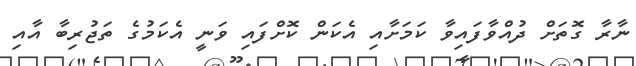
ނާރާ ގޮތަށް ދުއްވާފައިވާ ކަމަށާއި އެކަން ކޮށްފައި ވަނީ އެކަމުގެ ތަޖުރިބާ އާއި